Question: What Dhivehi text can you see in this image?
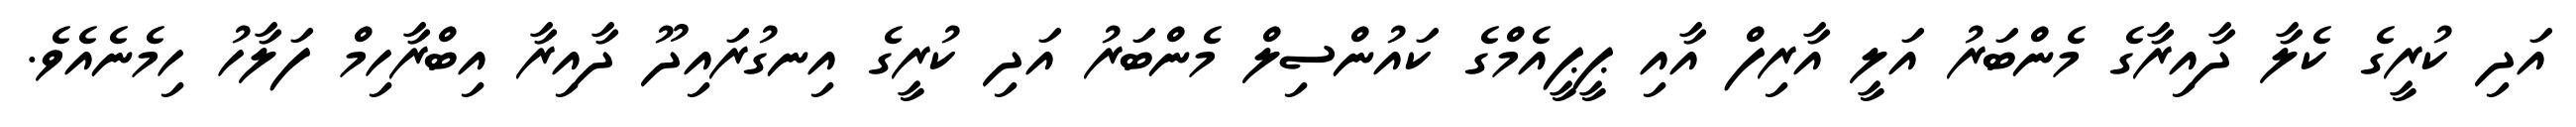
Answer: އަދި ކުރީގެ ކެލާ ދާއިރާގެ މެންބަރު އަލީ އާރިފް އާއި ޕީޕީއެމްގެ ކައުންސިލް މެންބަރު އަދި ކުރީގެ އިނގުރައިދޫ ދާއިރާ އިބްރާހިމް ފަލާހު ހިމެނެއެވެ.